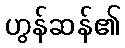
ဟွန်ဆန်၏